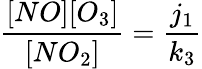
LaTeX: \frac{[NO][O_{3}]}{[NO_{2}]}=\frac{j_{1}}{k_{3}}